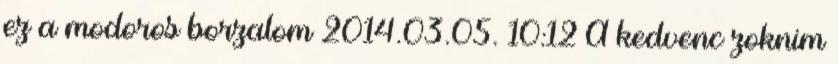
ez a modoros borzalom 2014.03.05. 10:12 A kedvenc zoknim